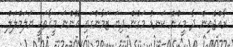
ރާއްޖެއިން ދާ މީހުން ކަނޑު މަގުން ދިޔަ ޒަމާނުގައި އޮންނަ މީޤާތަކީ ޔަލަމްލަލް